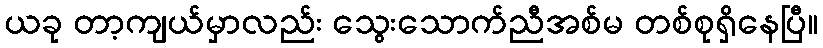
ယခု တာ့ကျယ်မှာလည်း သွေးသောက်ညီအစ်မ တစ်စုရှိနေပြီ။